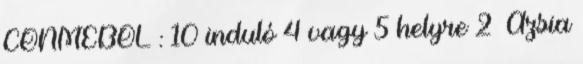
CONMEBOL : 10 induló 4 vagy 5 helyre 2 Ázsia